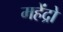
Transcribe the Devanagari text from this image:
महेंद्रो